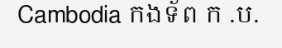
Cambodia កងទ័ព ក .ប.